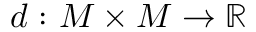
d \, \colon M \times M \to \mathbb { R }